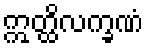
ဣတ္ထိလက္ခဏံ